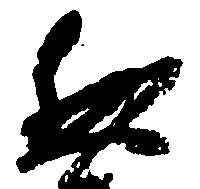
然